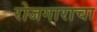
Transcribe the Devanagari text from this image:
रोजगाराचा